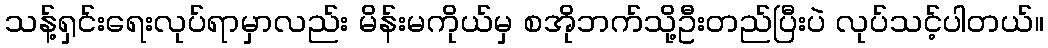
သန့်ရှင်းရေးလုပ်ရာမှာလည်း မိန်းမကိုယ်မှ စအိုဘက်သို့ဦးတည်ပြီးပဲ လုပ်သင့်ပါတယ်။